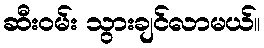
ဆီးဝမ်း သွားချင်လာမယ်။